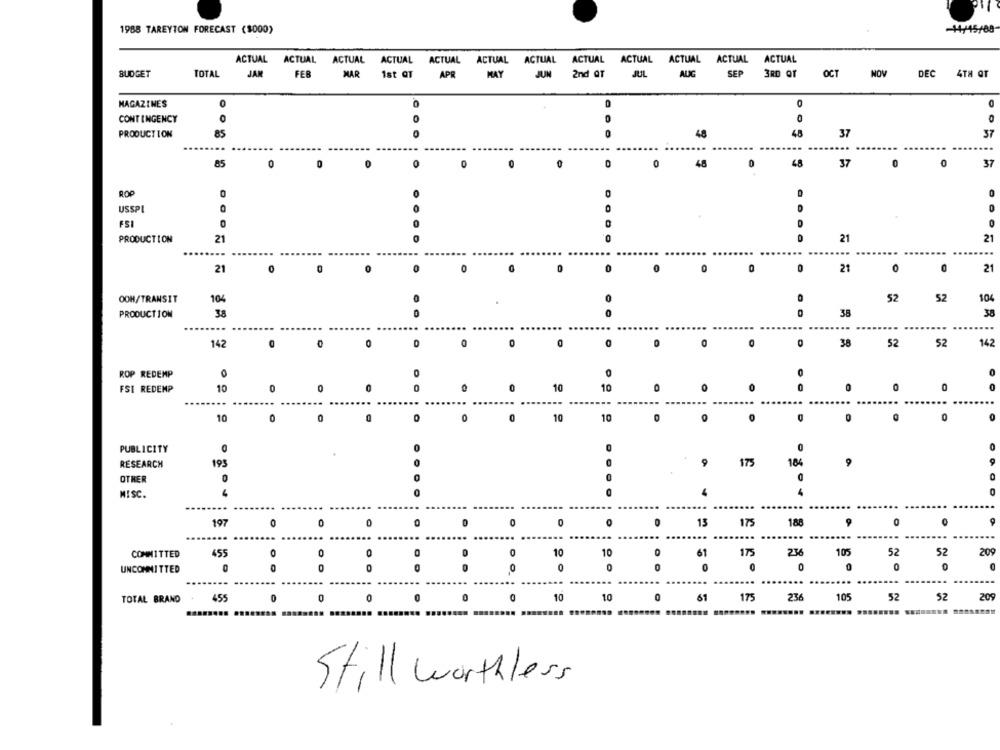
1988 TAREYTON FORECAST ($000)
-14/15/88-
ACTUAL ACTUAL ACTUAL
ACTUAL ACTUAL ACTUAL ACTUAL ACTUAL
ACTUAL ACTUAL ACTUAL
ACTUAL
BUDGET
TOTAL
JAN
FEB
MAR
1st QT
AP
MAT
JUN
2nd QT
AUG
SEP
3RD QT
OCT
NOV
DEC
4TH QT
MAGAZINES
0
D
0
CONTINGENCY
0
0
PRODUCTION
85
0
48
48
37
37
85
0
O
0
48
0
48
37
0
0
37
0
0
USSPI
0
0
FSI
0
0
PRODUCTION
21
21
21
21
O
0
0
21
0
0
21
OOH/TRANSIT
104
52
52
104
PRODUCTION
38
38
38
142
0
38
52
52
142
ROP REDEMP
O
FSI REDEMP
10
0
10
10
0
... ....
10
0
0
10
10
D
PUBLICITY
RESEARCH
193
175
184
OTHER
MISC.
4
197
0
0
0
0
0
0
0
13
175
188
0
COMMITTED
455
0
0
10
10
0
61
175
236
105
52
52
209
UNCOMMITTED
0
0
0
0
0
0
0
0
0
0
.... .
... .
TOTAL BRAND
455
0
0
0
0
10
10
0
61
175
236
105
52
52
209
Still worthless